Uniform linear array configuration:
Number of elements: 8
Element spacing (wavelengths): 1
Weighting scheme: uniform
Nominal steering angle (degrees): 30
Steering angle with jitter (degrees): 30.343
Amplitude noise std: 0.05
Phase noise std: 0.05

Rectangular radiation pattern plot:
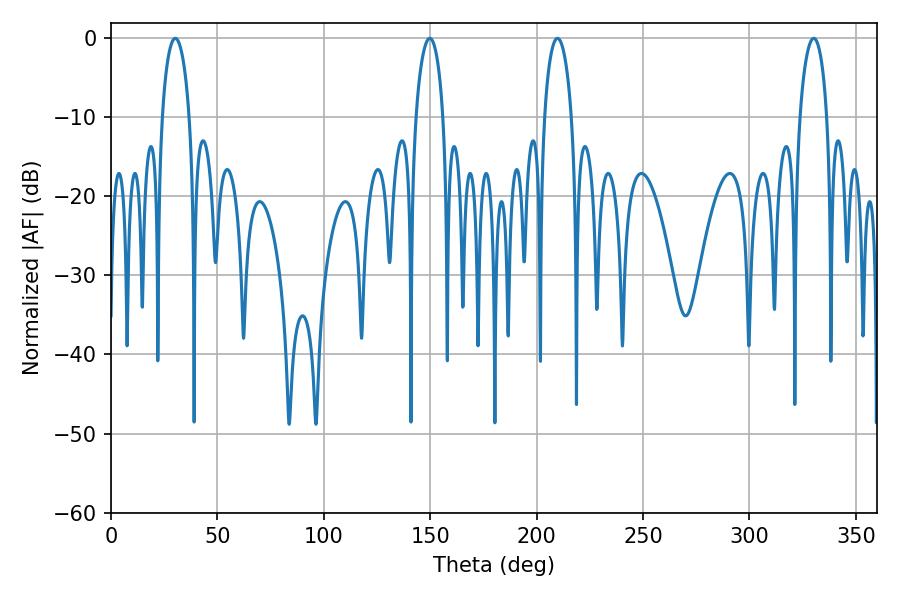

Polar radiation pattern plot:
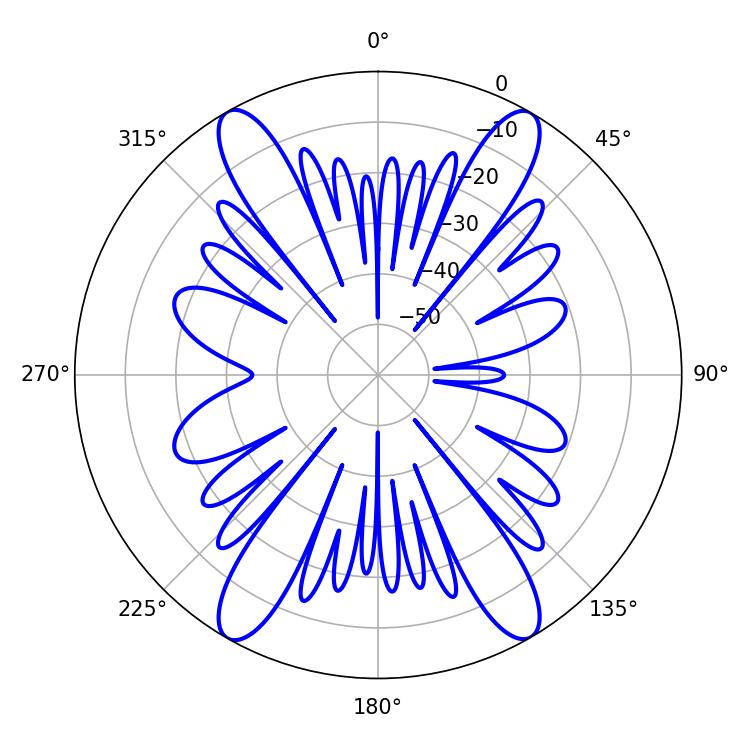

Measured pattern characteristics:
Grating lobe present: TRUE
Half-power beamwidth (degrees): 7.38
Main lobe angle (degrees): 30.24